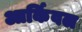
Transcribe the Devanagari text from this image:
आर्किवल